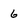
Character: 6